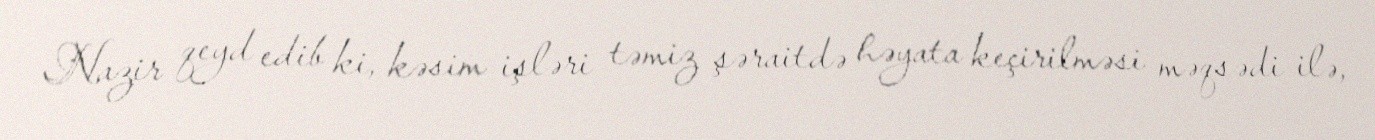
Nazir qeyd edib ki, kəsim işləri təmiz şəraitdə həyata keçirilməsi məqsədi ilə,